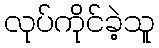
လုပ်ကိုင်ခဲ့သူ